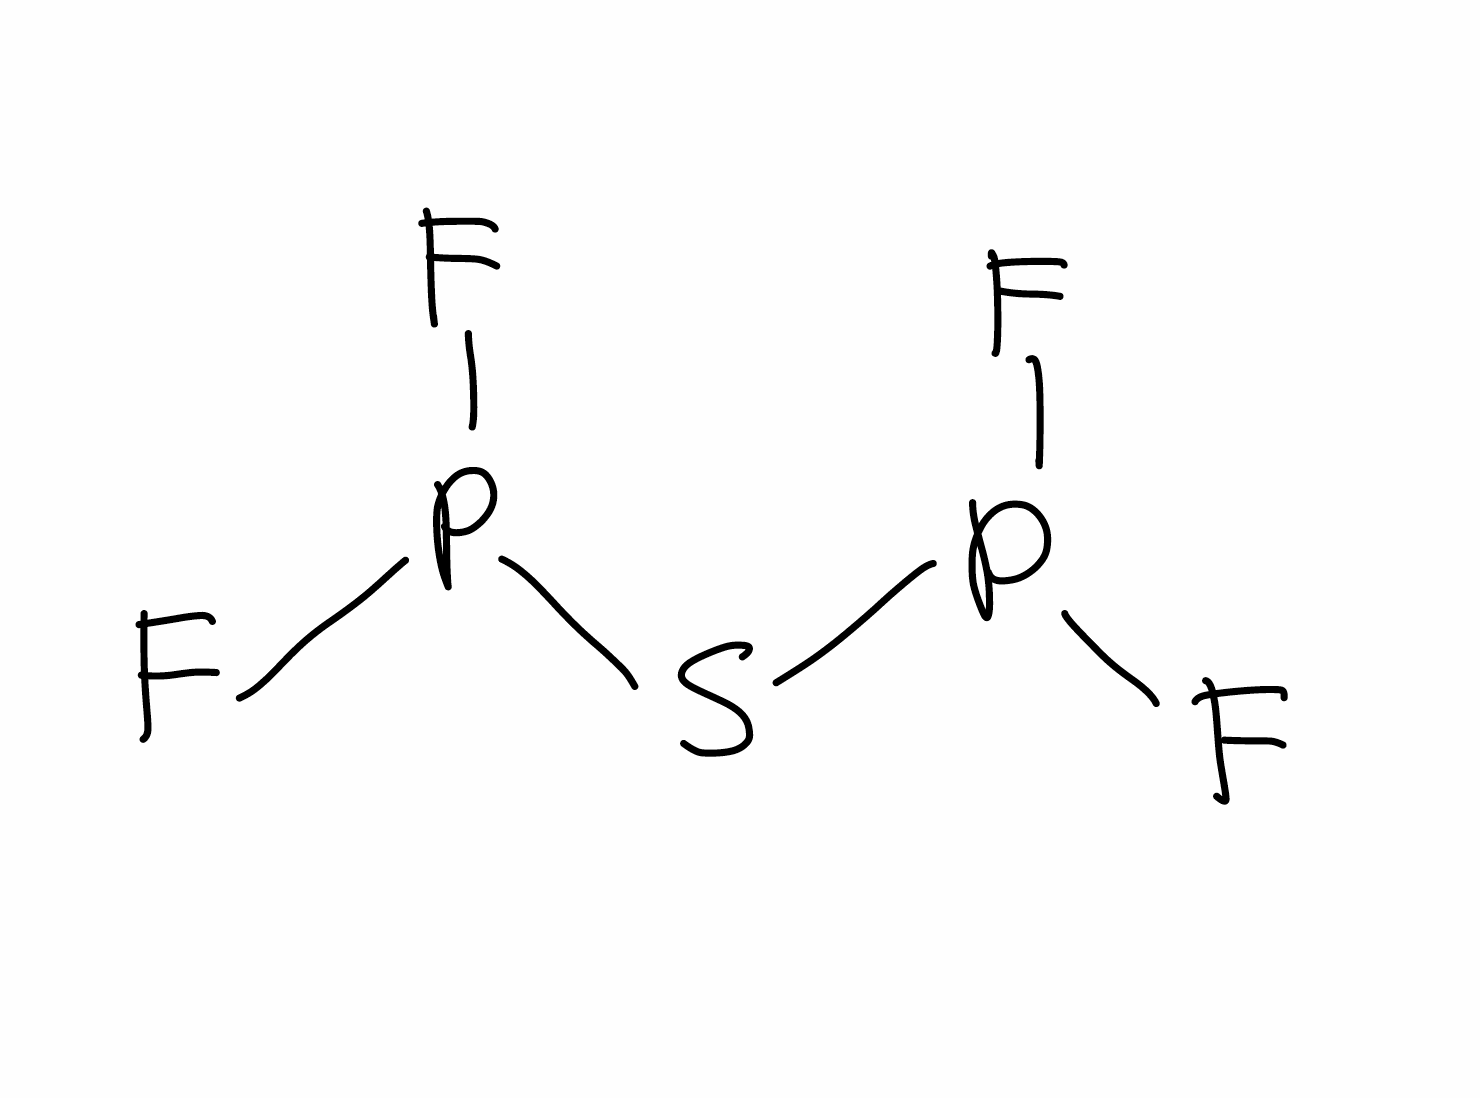
Simplified molecular-input line-entry system (SMILES) notation of the given molecule:
FP(F)SP(F)F